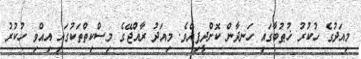
މިއަދުގެ ހުކުރު ޚުޠުބާގައި ހަނދާން ކޮށްދީފިއެވެ. މިއަދު ރާއްޖޭގެ މިސްކިތްތަކުގައި އިއްވި ހުކުރު